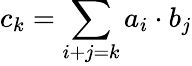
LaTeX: c_{k}=\sum_{i+j=k}a_{i}\cdot b_{j}